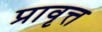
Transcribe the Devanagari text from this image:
प्रावृत्त